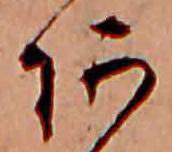
あ